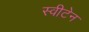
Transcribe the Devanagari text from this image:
स्वीटेन